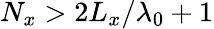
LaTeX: N_{x}>2L_{x}/\lambda_{0}+1